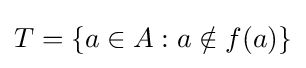
T=\{a\in A:a\notin f(a)\}